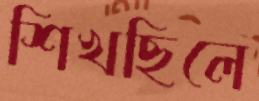
শিখছিলে